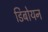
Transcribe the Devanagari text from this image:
डिबोयन